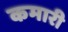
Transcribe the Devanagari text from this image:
कमारी